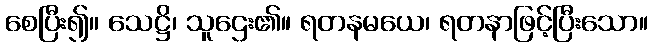
စေပြီး၍။ သေဋ္ဌိ၊ သူဌေး၏။ ရတနမယေ၊ ရတနာဖြင့်ပြီးသော။